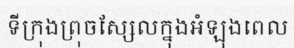
ទីក្រុងព្រុចស្សែលក្នុងអំឡុងពេល